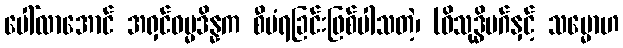
ပေါ်လာအောင် အရှင်ဓမ္မဒိန္နက စီမံရခြင်းဖြစ်ပါသတဲ့၊ (ဝိသုဒ္ဓိမဂ်နှင့် သမ္မောဟ